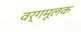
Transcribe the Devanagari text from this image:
वर्गमूलक